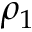
\rho _ { 1 }